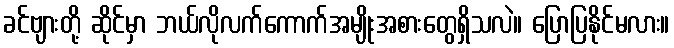
ခင်ဗျားတို့ ဆိုင်မှာ ဘယ်လိုလက်ကောက်အမျိုးအစားတွေရှိသလဲ။ ပြောပြနိုင်မလား။